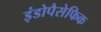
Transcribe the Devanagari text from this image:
इंडोपैसेफिक